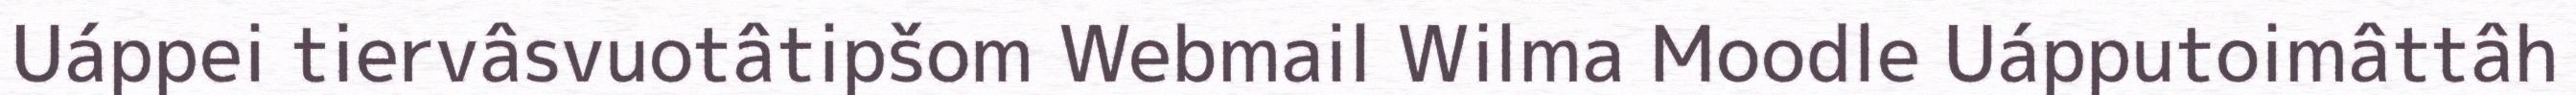
Uáppei tiervâsvuotâtipšom Webmail Wilma Moodle Uápputoimâttâh